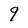
Character: q